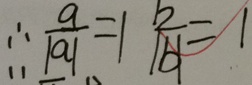
\therefore \frac { a } { \vert a \vert } = 1 \frac { b } { \vert b \vert } = 1